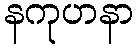
နကုဟနာ